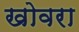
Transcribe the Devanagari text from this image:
खोवरा